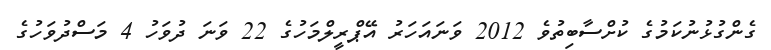
ގެންގުޅުނުކަމުގެ ކުށްސާބިތުވެ 2012 ވަނައަހަރު އޭޕްރީލްމަހުގެ 22 ވަނަ ދުވަހު 4 މަސްދުވަހުގެ